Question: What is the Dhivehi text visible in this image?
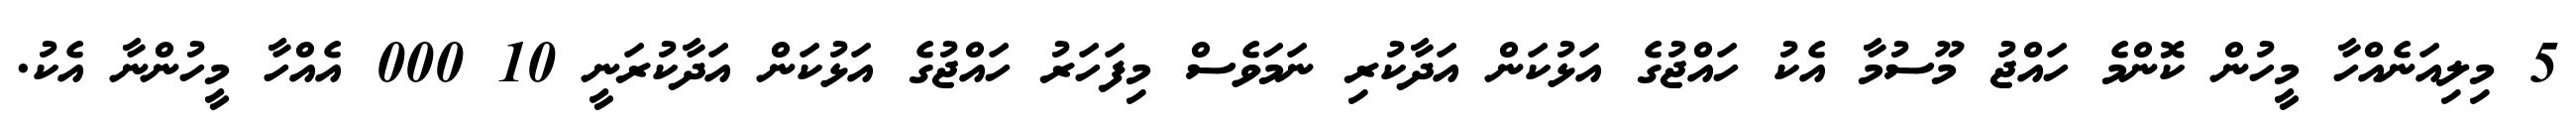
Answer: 5 މިލިއަނެއްހާ މީހުން ކޮންމެ ހައްޖު މޫސުމާ އެކު ހައްޖުގެ އަޅުކަން އަދާކުރި ނަމަވެސް މިފަހަރު ހައްޖުގެ އަޅުކަން އަދާކުރަނީ 10 000 އެއްހާ މީހުންނާ އެކު.